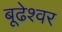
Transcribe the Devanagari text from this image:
बूढेश्वर